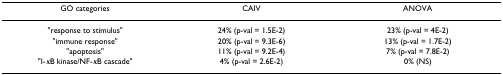
| GO categories | CAIV | ANOVA |
 | --- | --- | --- |
 | "response to stimulus" | 24% (p-val = 1.5E-2) | 23% (p-val = 4E-2) |
 | "immune response" | 20% (p-val = 9.3E-6) | 13% (p-val = 1.7E-2) |
 | "apoptosis" | 11% (p-val = 9.2E-4) | 7% (p-val = 7.8E-2) |
 | "I-κB kinase/NF-κB cascade" | 4% (p-val = 2.6E-2) | 0% (NS) |